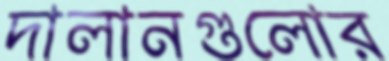
দালানগুলোর